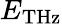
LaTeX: E_{\mathrm{THz}}